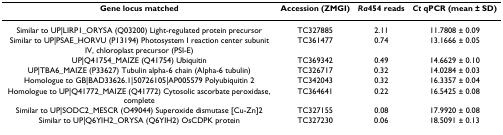
<table><thead><tr><td><b>Gene locus matched</b></td><td><b>Accession (ZMGI)</b></td><td><b><i>Ra</i>454 reads</b></td><td><b><i>Ct </i>qPCR (mean ± SD)</b></td></tr></thead><tbody><tr><td>Similar to UP|LIRP1_ORYSA (Q03200) Light-regulated protein precursor</td><td>TC327885</td><td>2.11</td><td>11.7808 ± 0.09</td></tr><tr><td>Similar to UP|PSAE_HORVU (P13194) Photosystem I reaction center subunit IV, chloroplast precursor (PSI-E)</td><td>TC361477</td><td>0.74</td><td>13.1666 ± 0.05</td></tr><tr><td>UP|Q41754_MAIZE (Q41754) Ubiquitin</td><td>TC369342</td><td>0.49</td><td>14.6629 ± 0.10</td></tr><tr><td>UP|TBA6_MAIZE (P33627) Tubulin alpha-6 chain (Alpha-6 tubulin)</td><td>TC326717</td><td>0.32</td><td>14.0284 ± 0.03</td></tr><tr><td>Homologue to GB|BAD33626.1|50726105|AP005579 Polyubiquitin 2</td><td>TC342043</td><td>0.32</td><td>16.3357 ± 0.04</td></tr><tr><td>Homologue to UP|Q41772_MAIZE (Q41772) Cytosolic ascorbate peroxidase, complete</td><td>TC364641</td><td>0.22</td><td>16.5425 ± 0.08</td></tr><tr><td>Similar to UP|SODC2_MESCR (O49044) Superoxide dismutase [Cu-Zn]2</td><td>TC327155</td><td>0.08</td><td>17.9920 ± 0.08</td></tr><tr><td>Similar to UP|Q6YIH2_ORYSA (Q6YIH2) OsCDPK protein</td><td>TC327230</td><td>0.06</td><td>18.5091 ± 0.13</td></tr></tbody></table>